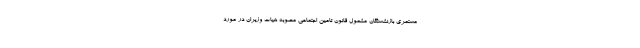
مستمری بازنشستگان مشمول قانون تامین اجتماعی مصوبه هیات وزیران در مورد